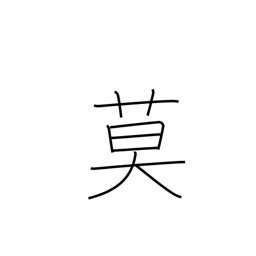
Meaning: must not